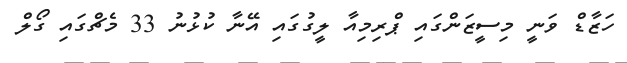
ހަޒާޑް ވަނީ މިސީޒަންގައި ޕްރިމިއާ ލީގުގައި އޭނާ ކުޅުނު 33 މެޗްގައި ގޯލް